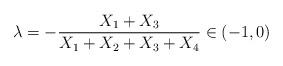
LaTeX: \begin{align*}\lambda=-\frac{X_1+X_3}{X_1+X_2+X_3+X_4}\in (-1,0)\end{align*}